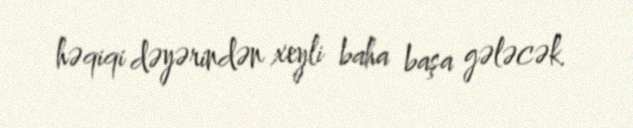
həqiqi dəyərindən xeyli baha başa gələcək.